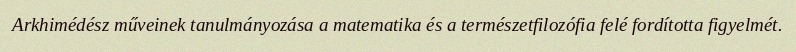
Arkhimédész műveinek tanulmányozása a matematika és a természetfilozófia felé fordította figyelmét.